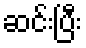
ဆင်းပြီး